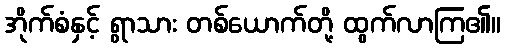
အိုက်စံနှင့် ရွာသား တစ်ယောက်တို့ ထွက်လာကြ၏။